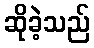
ဆိုခဲ့သည်